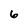
Character: 6